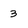
Character: 3